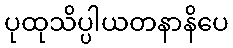
ပုထုသိပ္ပါယတနာနိပေ